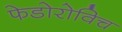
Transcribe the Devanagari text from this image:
फेडोरोविच